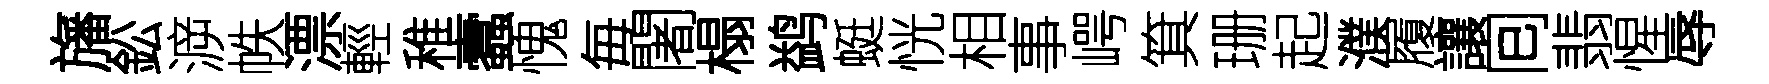
旛鈆㴑帙漂輕稚蠧愧毎闍榻鹢蜓恍相事崿箕珊起濮履讓囘翡惺辱